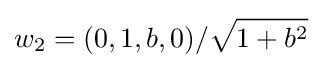
w_{2}=(0,1,b,0)/{\sqrt {1+b^{2}}}